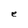
Character: e